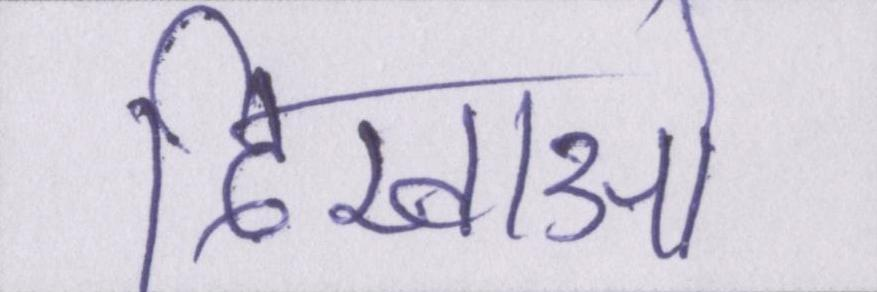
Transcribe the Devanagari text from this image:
दिखाओ